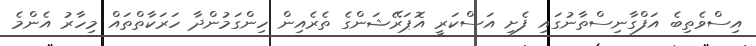
އިސްވެތިބެ އަފްގާނިސްތާނުގައި ފެށި އަސްކަރީ އޮޕަރޭޝަންގެ ތެރެއިން ހިންގަމުންދާ ހަރަކާތްތައް މިހާރު އެންމެ